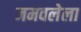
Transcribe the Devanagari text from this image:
जमवलेला